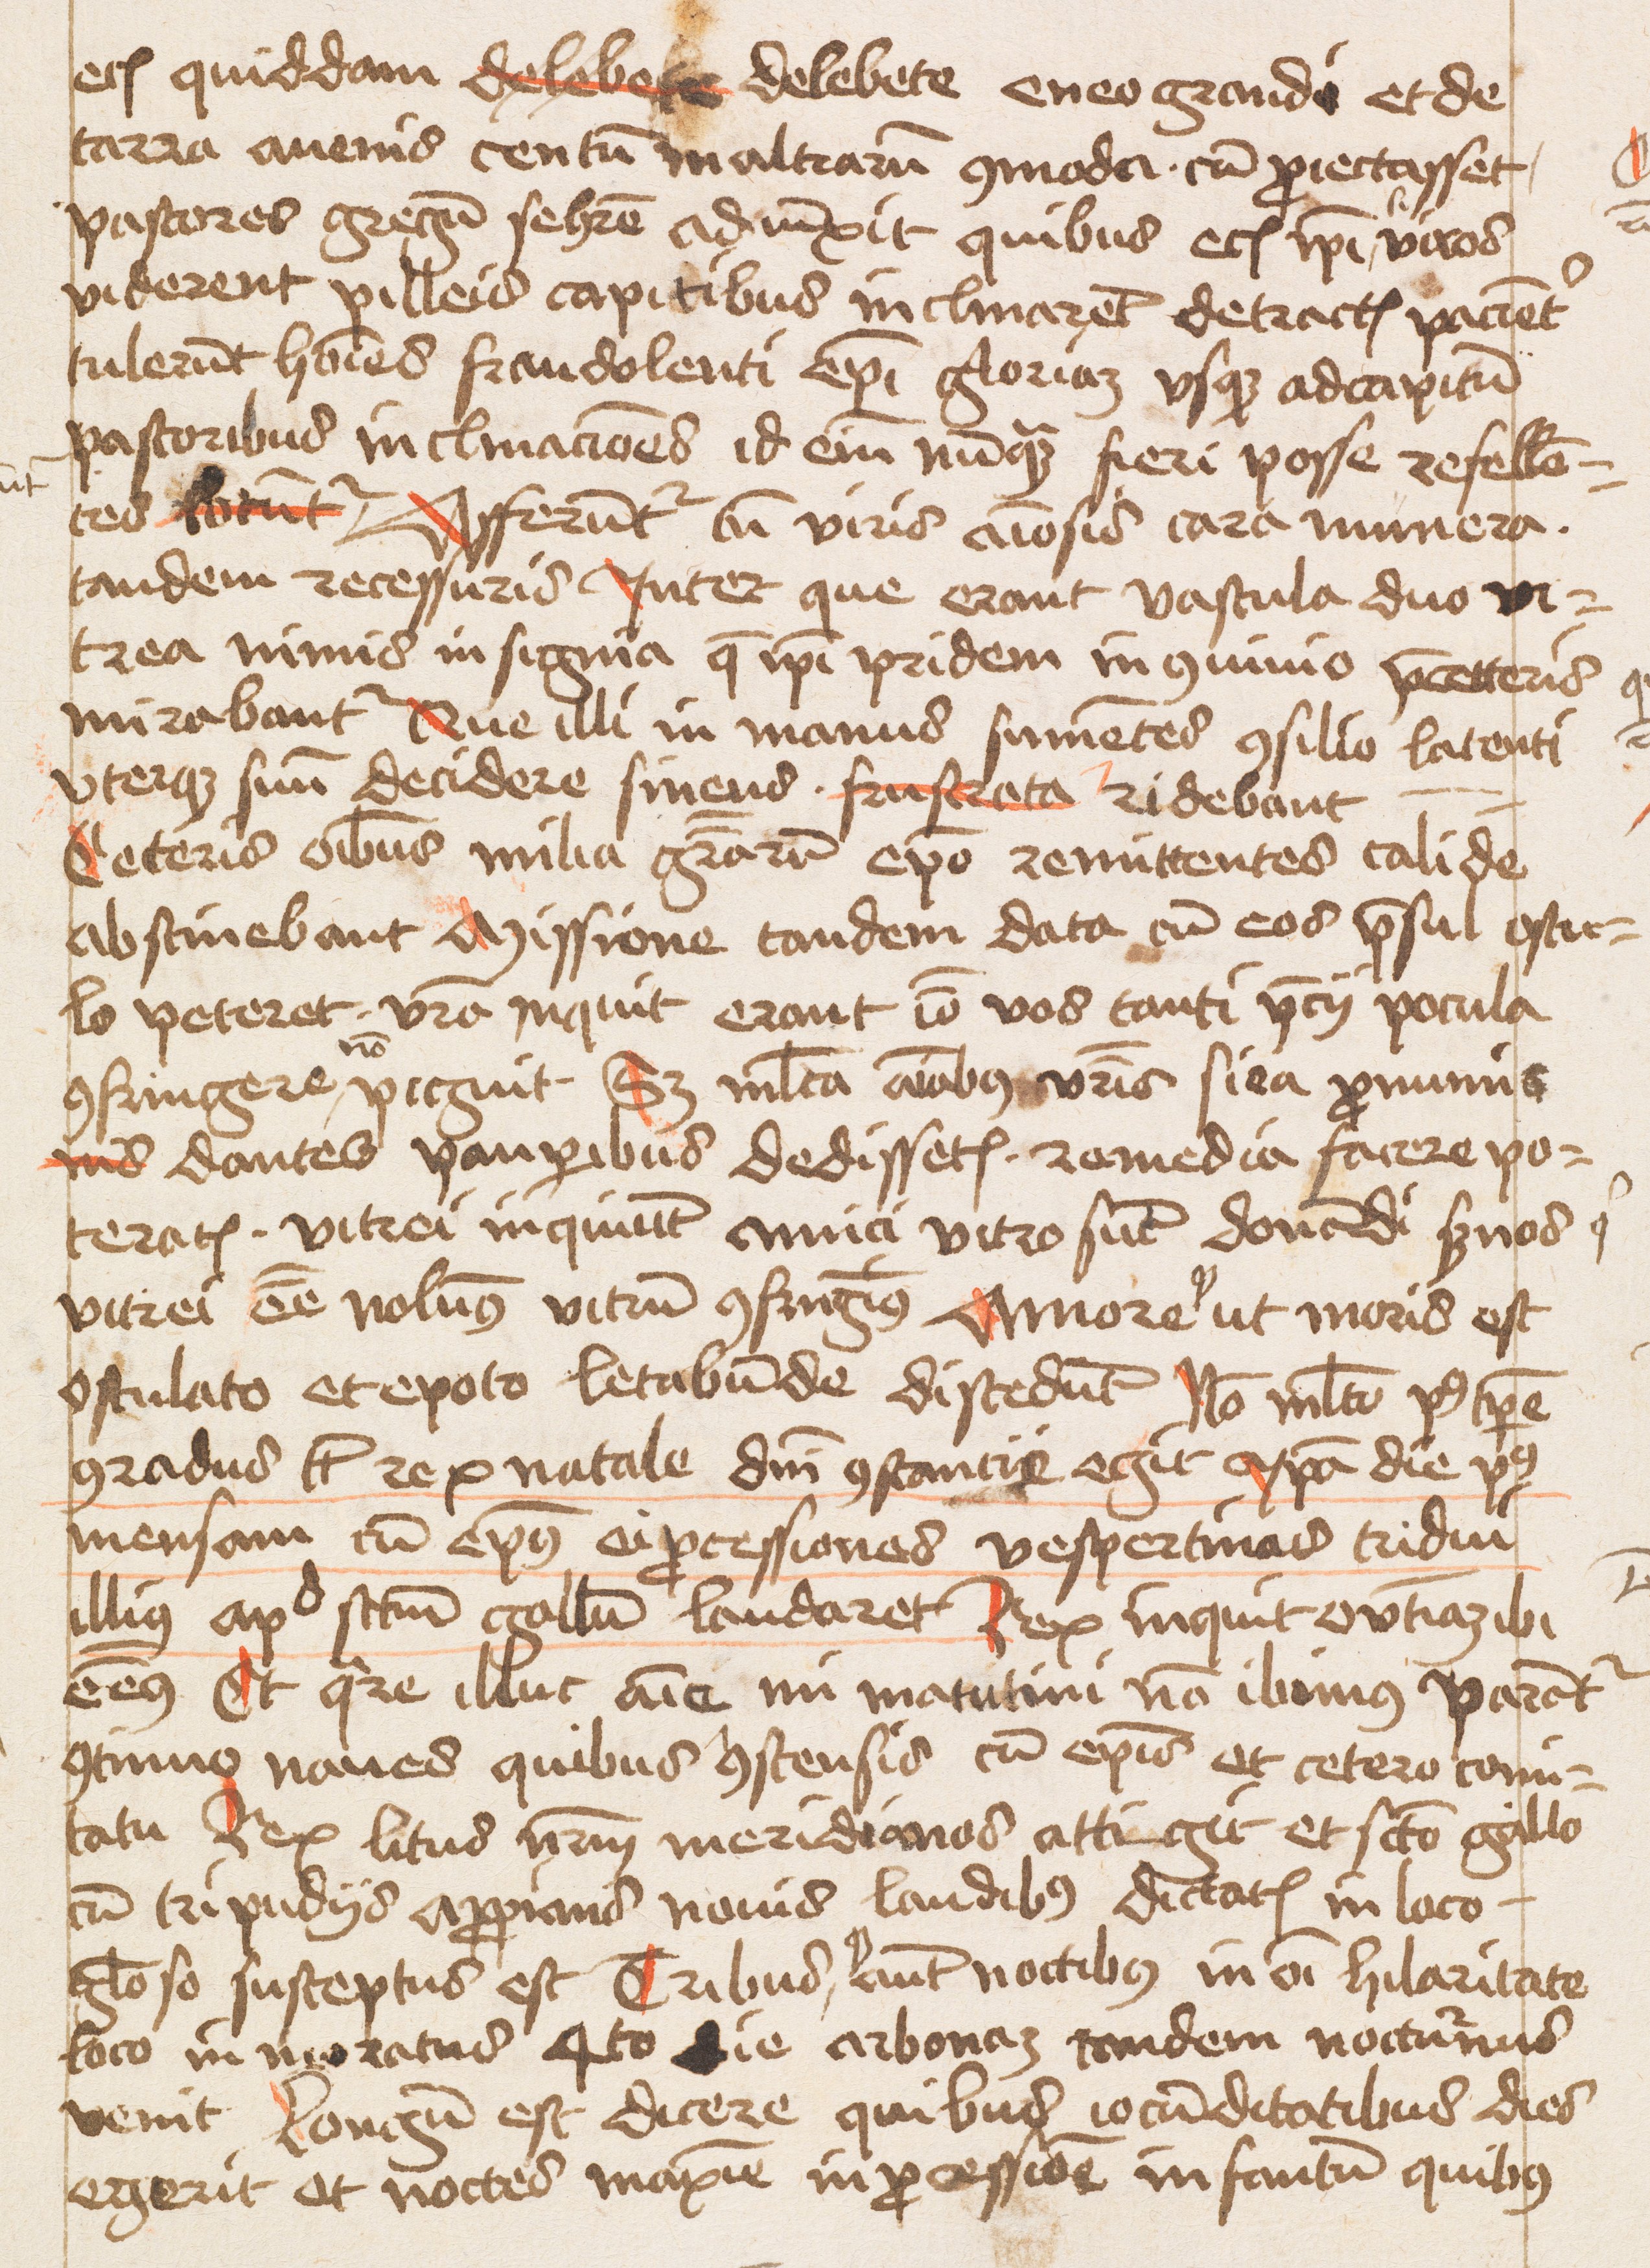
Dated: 1475–1495